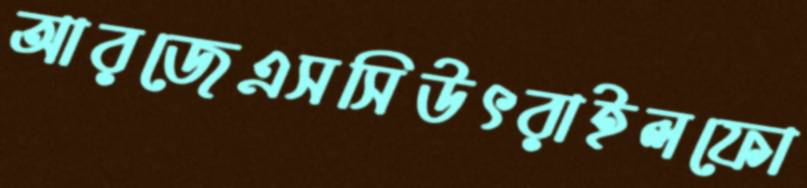
আরজেএসসিউৎরাইলফো